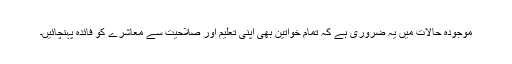
موجودہ حالات میں یہ ضروری ہے کہ تمام خواتین بھی اپنی تعلیم اور صلاحیت سے معاشرے کو فائدہ پہنچائیں۔